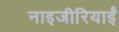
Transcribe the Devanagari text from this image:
नाइजीरियाईं